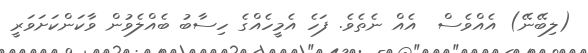
(ލިބޭނޭ) އެއްވެސް  އެއް ނެތެވެ. ފަހެ އެމީހެއްގެ ހިސާބު ބެއްލެވުން ވާކަންކަށަވަރީ